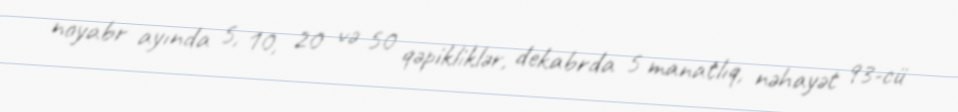
noyabr ayında 5, 10, 20 və 50 qəpikliklər, dekabrda 5 manatlıq, nəhayət 93-cü